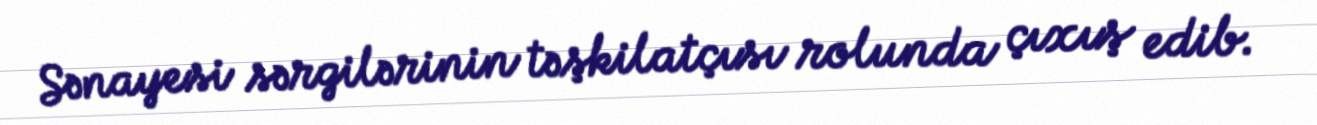
Sənayesi sərgilərinin təşkilatçısı rolunda çıxış edib.